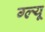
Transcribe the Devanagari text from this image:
ग्ल्यू